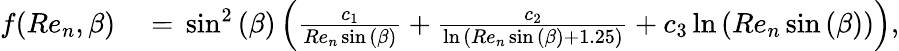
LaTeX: \begin{array}{rl}{f(Re_{n},\beta)}&{{}={}\sin^{2}{(\beta)}\left(\frac{c_{1}}{Re_{n}\sin{(\beta)}}+\frac{c_{2}}{\ln{(Re_{n}\sin{(\beta)}+1.25)}}+c_{3}\ln{(Re_{n}\sin{(\beta)})}\right),}\end{array}